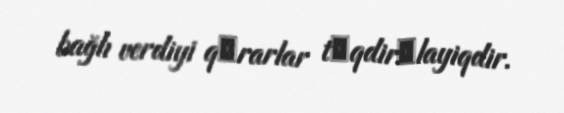
bağlı verdiyi qәrarlar tәqdirәlayiqdir.